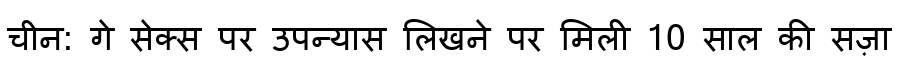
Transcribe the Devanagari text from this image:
चीन: गे सेक्स पर उपन्यास लिखने पर मिली 10 साल की सज़ा